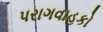
પરાગવાહકો